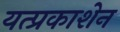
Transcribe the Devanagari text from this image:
यत्प्रकाशेन